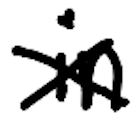
Text: in
Cross-out: mix
Writing tool: digital_black